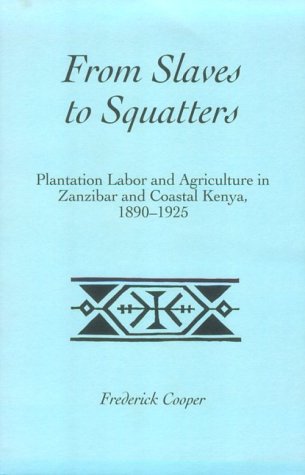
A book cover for From Slaves to Squatters: Plantation Labor & Agriculture in Zanzibar & Coastal Kenya, 1890-1925 (Social History of Africa); Frederic Cooper; History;